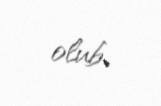
olub.